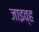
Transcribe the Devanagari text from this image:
जाइव्ह